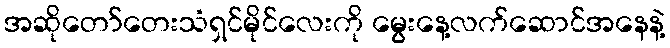
အဆိုတော်တေးသံရှင်မိုင်လေးကို မွေးနေ့လက်ဆောင်အနေနဲ့